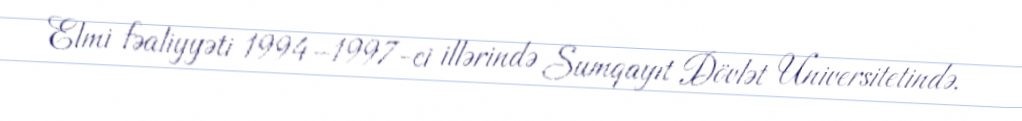
Elmi fəaliyyəti 1994–1997-ci illərində Sumqayıt Dövlət Universitetində,